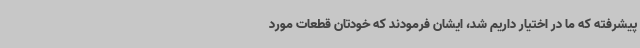
پیشرفته که ما در اختیار داریم شد، ایشان فرمودند که خودتان قطعات مورد